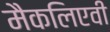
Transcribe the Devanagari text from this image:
मैकलिएवी